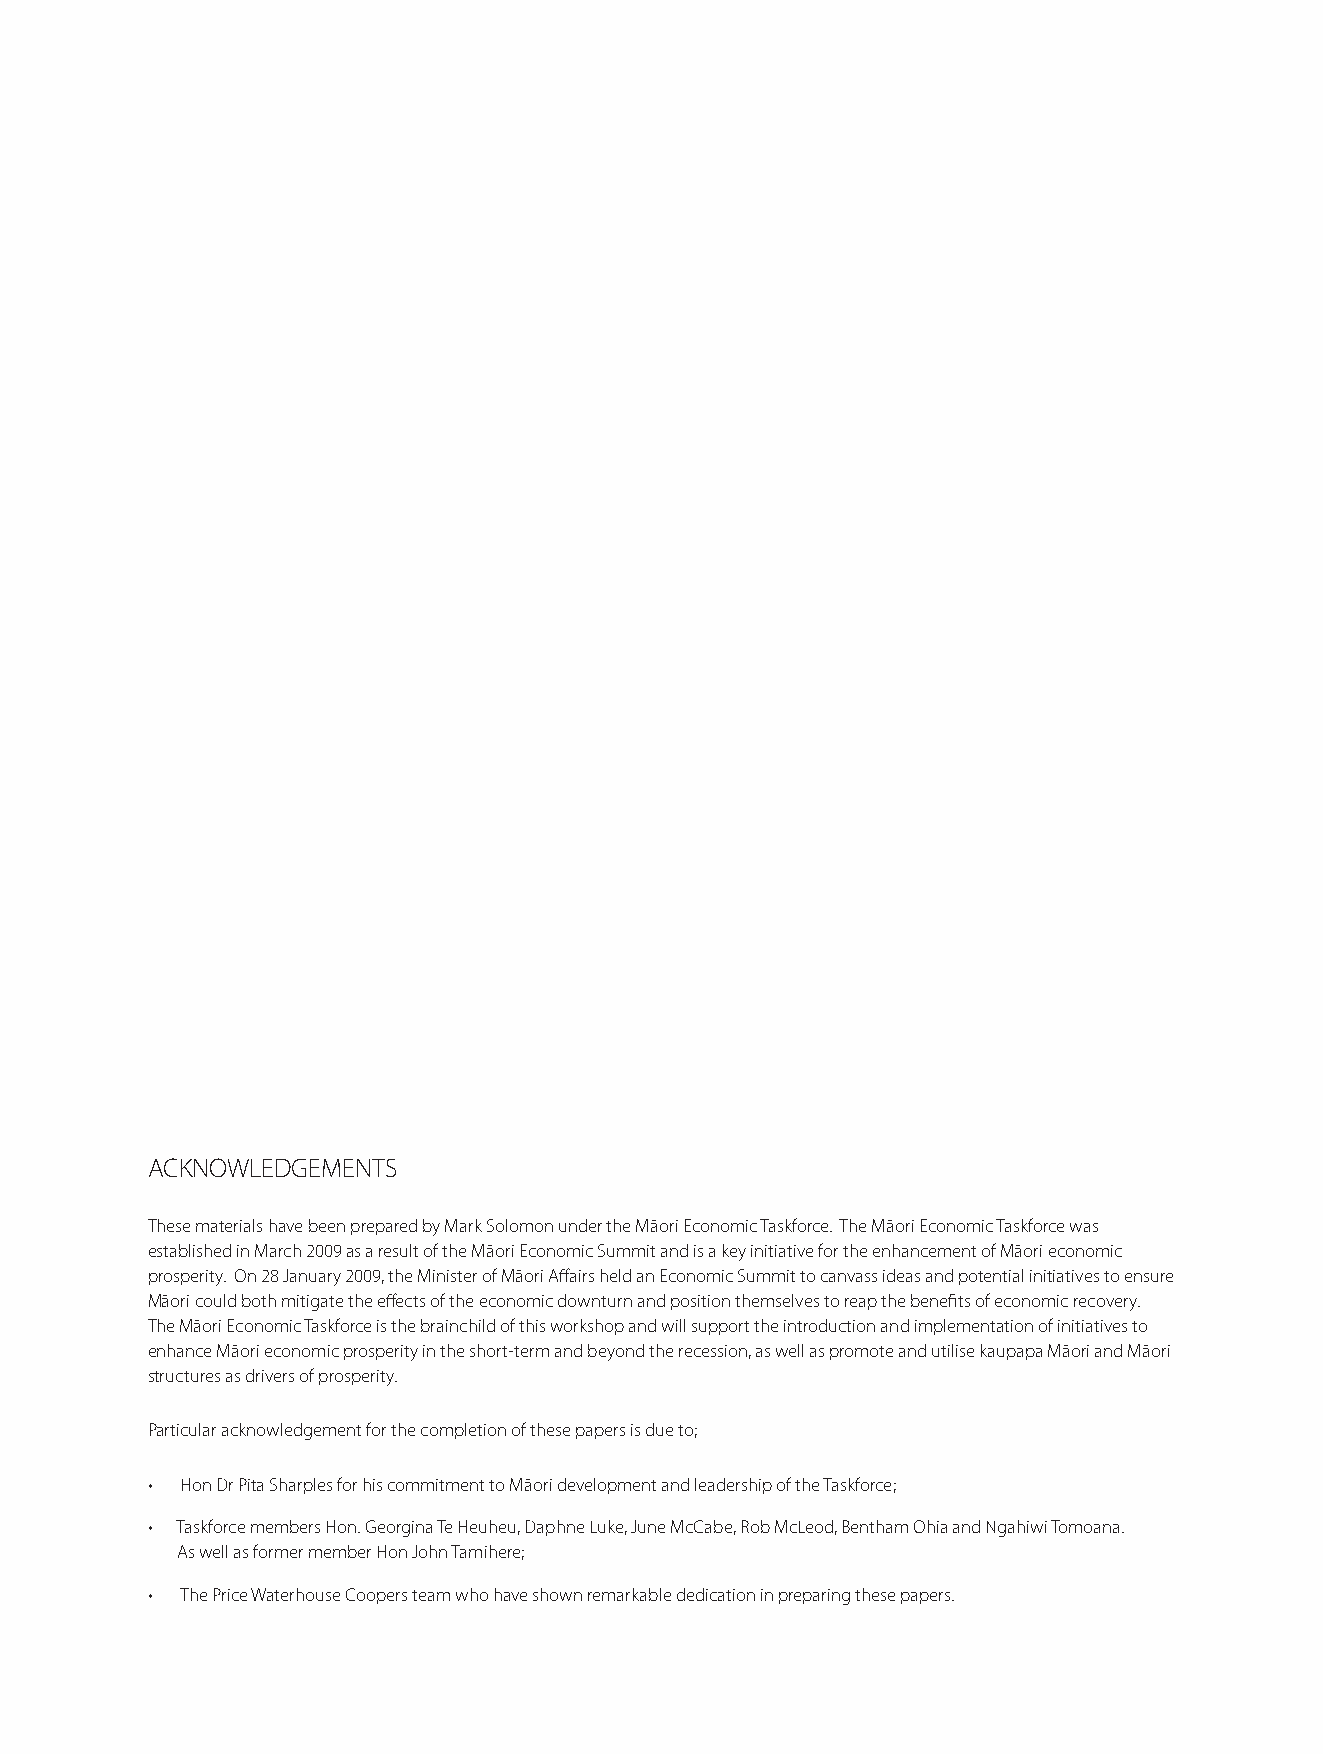
ACKNOWLEDGEMENTS
 These materials have been prepared by Mark Solomon under the Māori Economic Taskforce. The Māori Economic Taskforce was
 established in March 2009 as a result of the Māori Economic Summit and is a key initiative for the enhancement of Māori economic
 prosperity. On 28 January 2009, the Minister of Māori Aff airs held an Economic Summit to canvass ideas and potential initiatives to ensure
 Māori could both mitigate the eff ects of the economic downturn and position themselves to reap the benefi ts of economic recovery.
 The Māori Economic Taskforce is the brainchild of this workshop and will support the introduction and implementation of initiatives to
 enhance Māori economic prosperity in the short-term and beyond the recession, as well as promote and utilise kaupapa Māori and Māori
 structures as drivers of prosperity.
 Particular acknowledgement for the completion of these papers is due to;
 • Hon Dr Pita Sharples for his commitment to Māori development and leadership of the Taskforce;
 • Taskforce members Hon. Georgina Te Heuheu, Daphne Luke, June McCabe, Rob McLeod, Bentham Ohia and Ngahiwi Tomoana.
 As well as former member Hon John Tamihere;
 • The Price Waterhouse Coopers team who have shown remarkable dedication in preparing these papers.